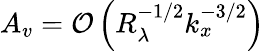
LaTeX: A_{v}=\mathcal{O}\left(R_{\lambda}^{-1/2}k_{x}^{-3/2}\right)